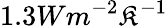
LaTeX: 1.3Wm^{-2}\mathfrak{K}^{-1}